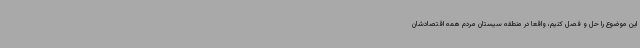
این موضوع را حل و فصل کنیم، واقعا در منطقه سیستان مردم همه اقتصادشان